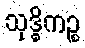
သုဒ္ဓိကဉ္စ